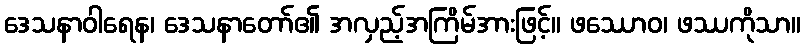
ဒေသနာဝါရေန၊ ဒေသနာတော်၏ အလှည့်အကြိမ်အားဖြင့်။ ဖဿောဝ၊ ဖဿကိုသာ။